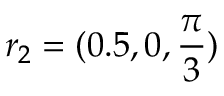
r _ { 2 } = ( 0 . 5 , 0 , \frac { \pi } { 3 } )